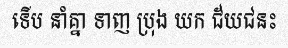
ទើប នាំគ្នា ទាញ ប្រុង យក ជ័យជនះ